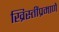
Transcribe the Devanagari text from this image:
ख्रिस्तींप्रमाणे